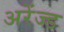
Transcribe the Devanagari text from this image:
अरेंज्ड